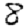
Digit: 8